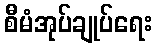
စီမံအုပ်ချုပ်ရေး